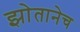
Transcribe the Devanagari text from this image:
झोतानेच